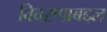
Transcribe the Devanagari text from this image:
विवरणाबद्दल